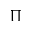
\Pi